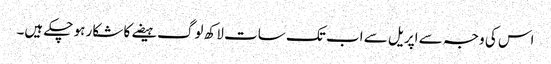
اس کی وجہ سے اپریل سے اب تک سات لاکھ لوگ ہیضے کا شکار ہو چکے ہیں۔